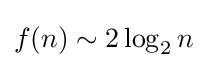
f(n)\sim 2\log _{2}n